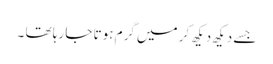
جسے دیکھ دیکھ کر میں گرم ہوتا جا رہا تھا ۔